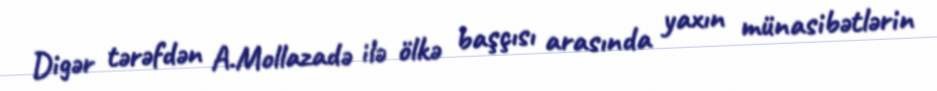
Digər tərəfdən A.Mollazadə ilə ölkə başçısı arasında yaxın münasibətlərin